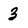
Character: 3